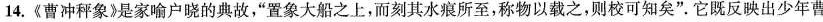
14.《曹冲秤象》是家喻户晓的典故，”置象大船之上，而刻其水痕所至，称物以载之，则校可知矣”。它既反映出少年曹